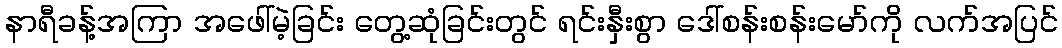
နာရီခန့်အကြာ အဖေါ်မဲ့ခြင်း တွေ့ဆုံခြင်းတွင် ရင်းနှီးစွာ ဒေါ်စန်းစန်းမော်ကို လက်အပြင်